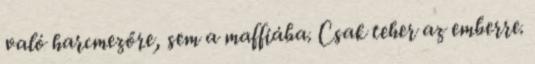
való harcmezőre, sem a maffiába. Csak teher az emberre.